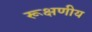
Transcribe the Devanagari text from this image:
रूक्षणीय